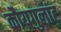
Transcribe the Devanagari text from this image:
कौयगुलांट